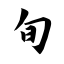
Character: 旬